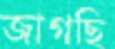
জাগছি